Indian Civil Veterinary Department memoirs
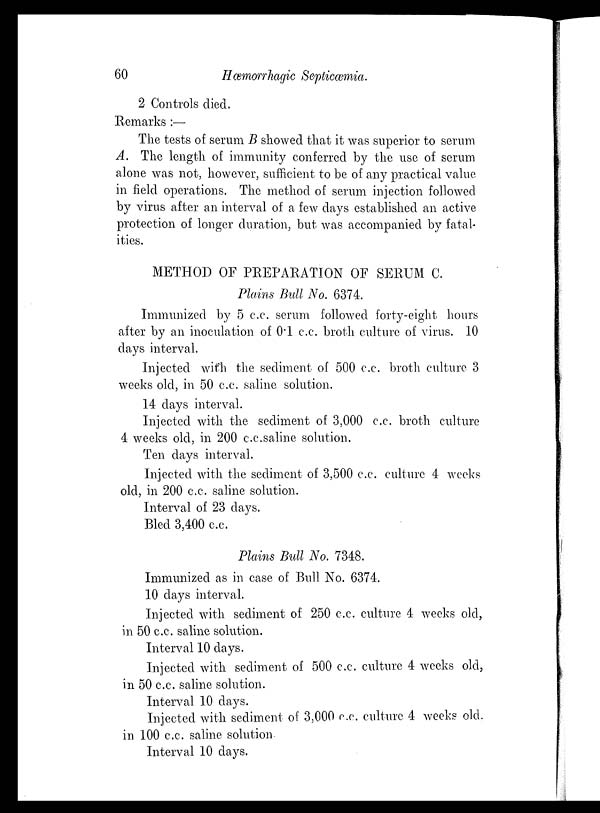
60
Hæmorrhagic Septiæmia.
2 Controls died.
Remarks :—
The tests of serum B showed that it was superior to serum
A. The length of immunity conferred by the use of serum
alone was not, however, sufficient to be of any practical value
in field operations. The method of serum injection followed
by virus after an interval of a few days established an active
protection of longer duration, but was accompanied by fatal-
ities.
METHOD OF PREPARATION OF SERUM C.
Plains Bull No. 6374.
Immunized by 5 c.c. serum followed forty-eight hours
after by an inoculation of 0.1 c.c. broth culture of virus. 10
days interval.
Injected with the sediment of 500 c.c. broth culture 3
weeks old, in 50 c.c. saline solution.
14 days interval.
Injected with the sediment of 3,000 c.c. broth culture
4 weeks old, in 200 c.c.saline solution.
Ten days interval.
Injected with the sediment of 3,500 c.c. culture 4 weeks
old, in 200 c.c. saline solution.
Interval of 23 days.
Bled 3,400 c.c.
Plains Bull No. 7348.
Immunized as in case of Bull No. 6374.
10 days interval.
Injected with sediment of 250 c.c. culture 4 weeks old,
in 50 c.c. saline solution.
Interval 10 days.
Injected with sediment of 500 c.c. culture 4 weeks old,
in 50 c.c. saline solution.
Interval 10 days.
Injected with sediment of 3,000 c.c. culture 4 weeks old.
in 100 c.c. saline solution.
Interval 10 days.